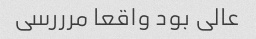
عالی بود واقعا مرررسی